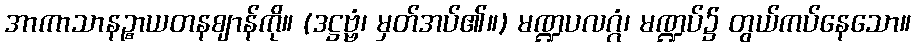
အာကာသာနဉ္စာယတနဈာန်ကို။ (ဒဋ္ဌဗ္ဗံ၊ မှတ်အပ်၏။) မဏ္ဍပလဂ္ဂံ၊ မဏ္ဍပ်၌ တွယ်ကပ်နေသော။